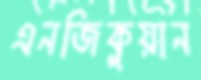
এনজিকুয়ান